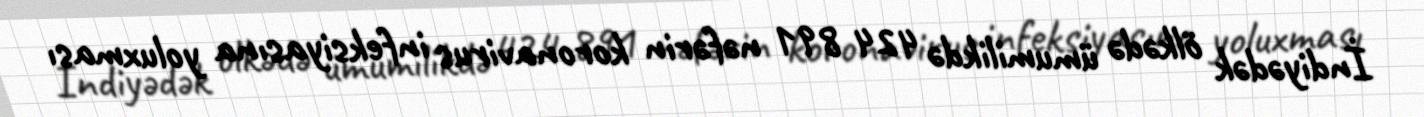
İndiyədək ölkədə ümumilikdə 424 891 nəfərin koronavirus infeksiyasına yoluxması